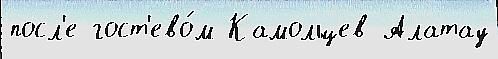
посл'е гост'ево́м Камольцев Алатау